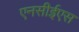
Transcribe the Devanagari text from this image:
एनसीईएस